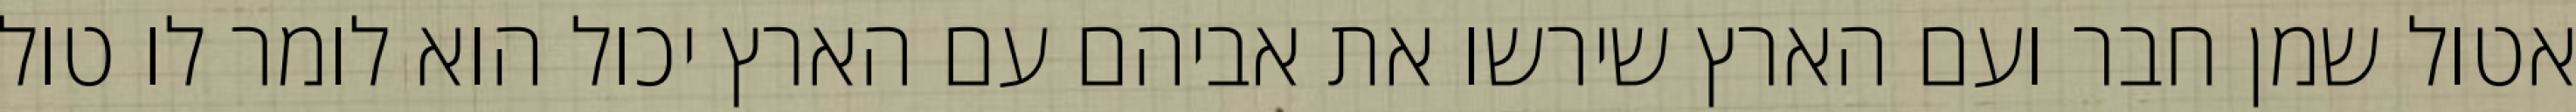
אטול שמן חבר ועם הארץ שירשו את אביהם עם הארץ יכול הוא לומר לו טול